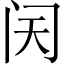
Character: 𬮜